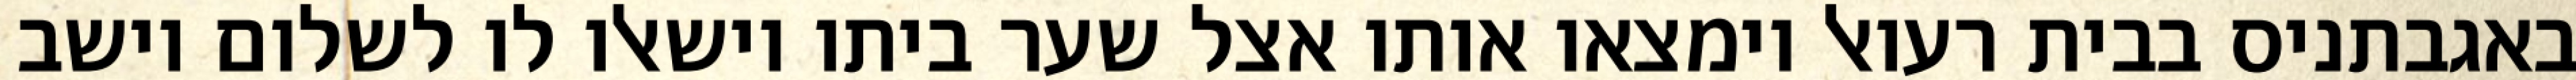
באגבתניס בבית רעואל וימצאו אותו אצל שער ביתו וישאלו לו לשלום וישב